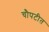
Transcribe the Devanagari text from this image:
चौपटीत